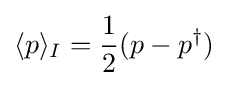
\langle p\rangle _{I}={\frac {1}{2}}(p-p^{\dagger })